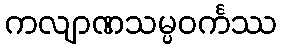
ကလျာဏသမ္ပဝင်္ကဿ